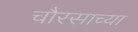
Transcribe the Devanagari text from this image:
चौरसाच्या